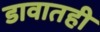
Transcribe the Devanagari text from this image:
डावातही